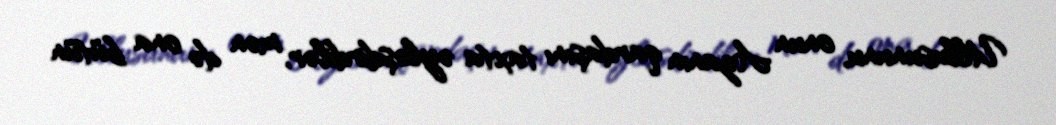
Ullusununu, onun Azanın qardaşını taxta əyləşdirdilər, mən də ona bütün